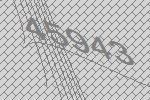
45943